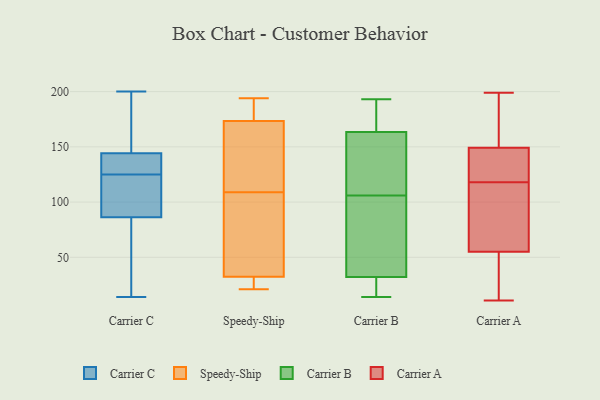
{"axis": {"x": "Demand Index", "y": "Value"}, "legend": ["Carrier A", "Carrier B", "Carrier C", "Speedy-Ship"], "data": [{"x": "", "y": 137, "type": "Carrier C"}, {"x": "", "y": 200, "type": "Carrier C"}, {"x": "", "y": 147, "type": "Carrier C"}, {"x": "", "y": 84, "type": "Carrier C"}, {"x": "", "y": 131, "type": "Carrier C"}, {"x": "", "y": 119, "type": "Carrier C"}, {"x": "", "y": 125, "type": "Carrier C"}, {"x": "", "y": 14, "type": "Carrier C"}, {"x": "", "y": 62, "type": "Carrier C"}, {"x": "", "y": 104, "type": "Carrier C"}, {"x": "", "y": 79, "type": "Carrier C"}, {"x": "", "y": 87, "type": "Carrier C"}, {"x": "", "y": 145, "type": "Carrier C"}, {"x": "", "y": 158, "type": "Carrier C"}, {"x": "", "y": 144, "type": "Carrier C"}, {"x": "", "y": 110, "type": "Carrier C"}, {"x": "", "y": 141, "type": "Carrier C"}, {"x": "", "y": 184, "type": "Speedy-Ship"}, {"x": "", "y": 180, "type": "Speedy-Ship"}, {"x": "", "y": 100, "type": "Speedy-Ship"}, {"x": "", "y": 30, "type": "Speedy-Ship"}, {"x": "", "y": 176, "type": "Speedy-Ship"}, {"x": "", "y": 152, "type": "Speedy-Ship"}, {"x": "", "y": 40, "type": "Speedy-Ship"}, {"x": "", "y": 74, "type": "Speedy-Ship"}, {"x": "", "y": 152, "type": "Speedy-Ship"}, {"x": "", "y": 166, "type": "Speedy-Ship"}, {"x": "", "y": 109, "type": "Speedy-Ship"}, {"x": "", "y": 194, "type": "Speedy-Ship"}, {"x": "", "y": 25, "type": "Speedy-Ship"}, {"x": "", "y": 25, "type": "Speedy-Ship"}, {"x": "", "y": 21, "type": "Speedy-Ship"}, {"x": "", "y": 186, "type": "Carrier B"}, {"x": "", "y": 86, "type": "Carrier B"}, {"x": "", "y": 165, "type": "Carrier B"}, {"x": "", "y": 26, "type": "Carrier B"}, {"x": "", "y": 114, "type": "Carrier B"}, {"x": "", "y": 193, "type": "Carrier B"}, {"x": "", "y": 106, "type": "Carrier B"}, {"x": "", "y": 14, "type": "Carrier B"}, {"x": "", "y": 30, "type": "Carrier B"}, {"x": "", "y": 79, "type": "Carrier B"}, {"x": "", "y": 39, "type": "Carrier B"}, {"x": "", "y": 175, "type": "Carrier B"}, {"x": "", "y": 120, "type": "Carrier B"}, {"x": "", "y": 159, "type": "Carrier B"}, {"x": "", "y": 15, "type": "Carrier B"}, {"x": "", "y": 118, "type": "Carrier A"}, {"x": "", "y": 48, "type": "Carrier A"}, {"x": "", "y": 192, "type": "Carrier A"}, {"x": "", "y": 112, "type": "Carrier A"}, {"x": "", "y": 11, "type": "Carrier A"}, {"x": "", "y": 97, "type": "Carrier A"}, {"x": "", "y": 199, "type": "Carrier A"}, {"x": "", "y": 55, "type": "Carrier A"}, {"x": "", "y": 55, "type": "Carrier A"}, {"x": "", "y": 135, "type": "Carrier A"}, {"x": "", "y": 121, "type": "Carrier A"}, {"x": "", "y": 179, "type": "Carrier A"}, {"x": "", "y": 152, "type": "Carrier A"}, {"x": "", "y": 43, "type": "Carrier A"}, {"x": "", "y": 41, "type": "Carrier A"}, {"x": "", "y": 181, "type": "Carrier A"}, {"x": "", "y": 141, "type": "Carrier A"}, {"x": "", "y": 69, "type": "Carrier A"}, {"x": "", "y": 136, "type": "Carrier A"}]}